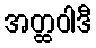
အတ္ထဝါဒီ